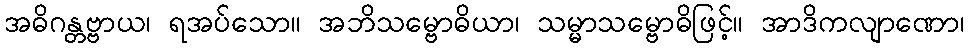
အဓိဂန္တဗ္ဗာယ၊ ရအပ်သော။ အဘိသမ္ဗောဓိယာ၊ သမ္မာသမ္ဗောဓိဖြင့်။ အာဒိကလျာဏော၊